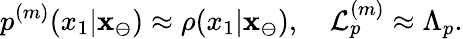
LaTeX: p^{(m)}(x_{1}|\mathbf{x}_{\ominus})\approx\rho(x_{1}|\mathbf{x}_{\ominus}),\quad\mathcal{L}_{p}^{(m)}\approx\Lambda_{p}.